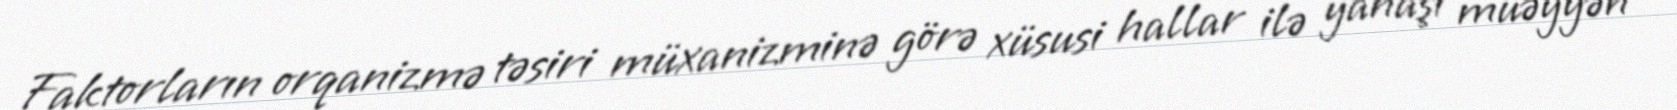
Faktorların orqanizmə təsiri müxanizminə görə xüsusi hallar ilə yanaşı müəyyən